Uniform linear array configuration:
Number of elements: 4
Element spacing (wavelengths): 0.75
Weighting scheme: uniform
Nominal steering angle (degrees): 45
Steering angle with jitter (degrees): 44.575
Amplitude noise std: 0.05
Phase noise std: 0.05

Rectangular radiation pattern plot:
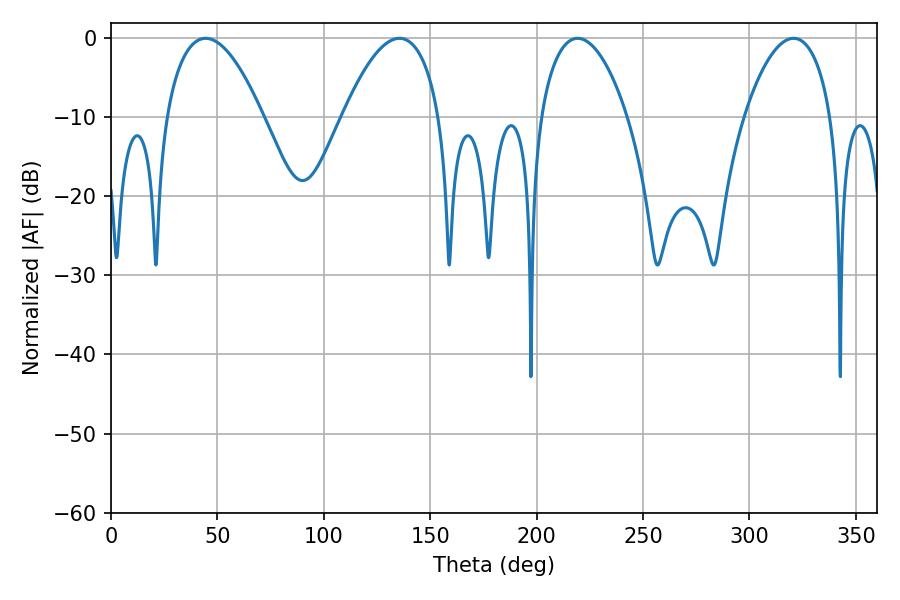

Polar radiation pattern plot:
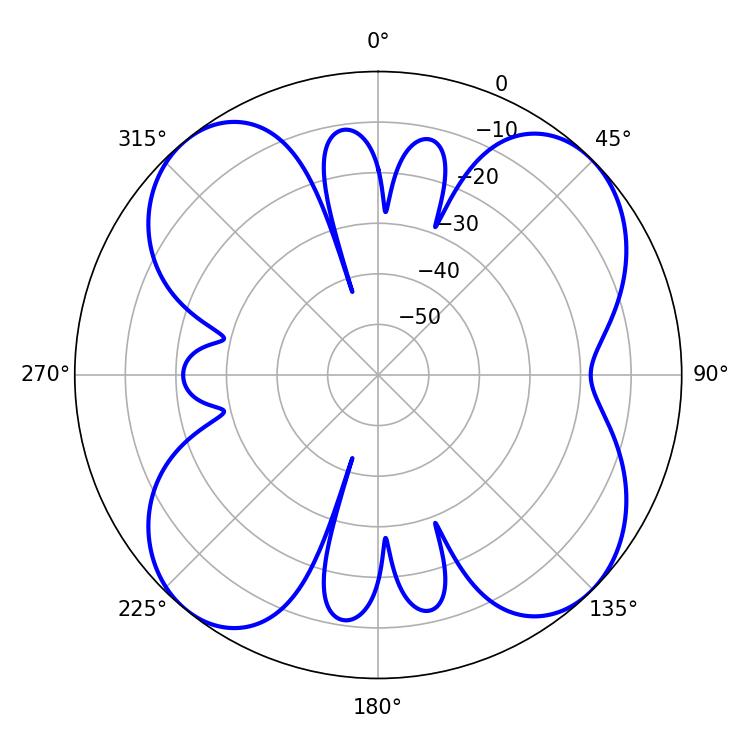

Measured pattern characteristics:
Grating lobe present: TRUE
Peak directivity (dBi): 11.732
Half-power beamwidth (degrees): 25.2
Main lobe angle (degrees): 44.46